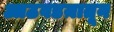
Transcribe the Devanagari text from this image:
आठवडय़ातून